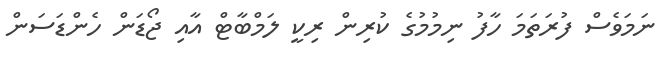
ނަމަވެސް ފުރަތަމަ ހާފު ނިމުމުގެ ކުރިން ރިކީ ލަމްބާޓް އާއި ޖޯޑަން ހެންޑަސަން